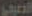
الصيفي